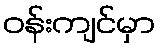
ဝန်းကျင်မှာ